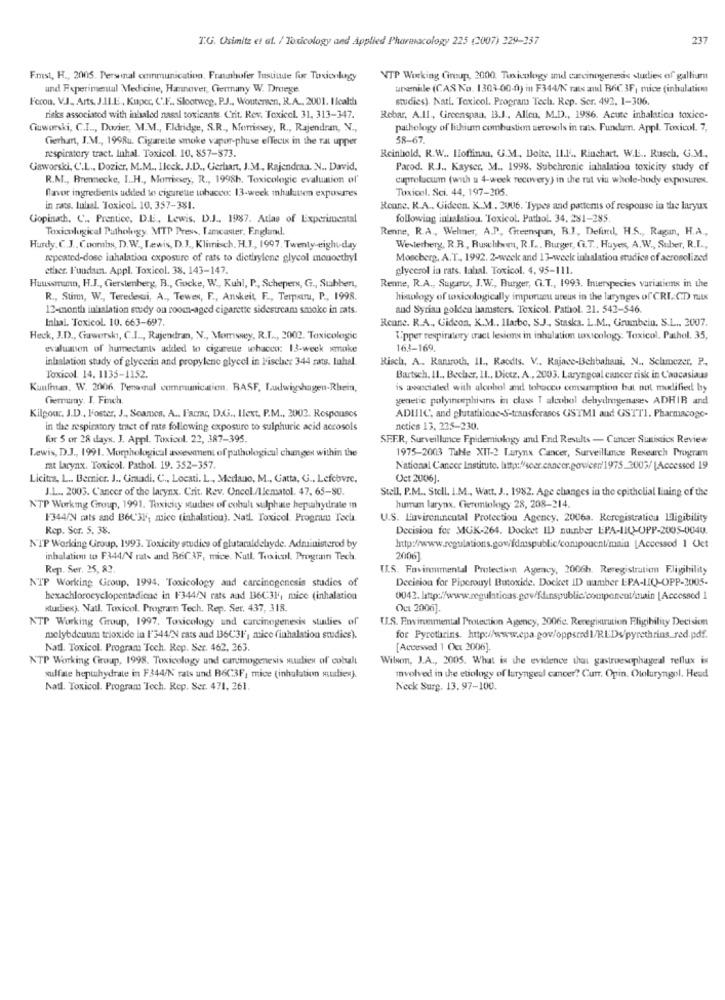
T.G. Osimitz et al. / Toxicology and Applied Pharmacology 225 (2007) 229-357
237
Fmst, H ., 2005. Personal communication. Fraunhofer Institute for Torsionlogy
NTP Working Cinsap, 2000. Toxicology amd carcinogenesis studies of gallium
und Experimental Medicine, Hannover, Germany W. Droege
unenide (CAS No. 1303-00-0) in F344/N rats and B6C. 3F, mice (inhalation
F'ocon, V.J ., Arts, J.IL.E, Kuper, C'.F ., Slootweg, P.J ., Woutersen, R.A ., 2001. I Icalth
studies). Natl. Toxicol. Program Tech. Rep. Ser. 492. 1-306.
risks associated with inhaled nassl toxicants. Crit. Rev. Toxicel. 31, 313-347.
Rebar, A.Il, Greenspan, B3.J ., Allen, M.D ., 1986. Acute inhalatica toxicc-
Cuworski, C.I .., Dovier, M.M ., Eldridge, S.R ., Morrissey, R ., Rajendran, N .,
pathology of lithium combustion seronsels in rats. Fundam, Appl. Toxicol. 7,
Gerhart, J.M ., 1998u. Cigarette smoke vapor-phase effecix in the ral upper
58-67.
respiratory tract. Inhal. Toxicol. 10, 857-873.
Reinhold, R.W .. Hoffinan, G.M ., Boite, 11.1 .. Rinchart. W.E .. Rusch, G.M.
Gaworski, C'.L ., Dozier, M.M ., 1leck. J.D ., Gerhart, J.M ., Rajendran. N ., David,
Parod. R.J ., Kayser, M ., 1998. Subchronic inhalation toxicity study of
R.M ., Brennecke, I.H ., Morrissey, R ., 1998h. Toxicologie evaluation of'
cuprokucum (with u 4-week recovery) in the rat viu whole-body exposures.
flavor ingredients added to cigarette tohacen: 13-week mhalutson exposures
Toxicol. Sci. 44. 197-205.
in rats. tubal. Toxicol. 10. 357-381.
Renne. R.A ., Gideon. K.M. 2006. Types and patterns of respouse in the laryux
Gopinath. C ., Prentice, D.E ., Lewis, D.J ., 1987. Atlas of Experimental
following inhalation. Toxicol. Pathol. 34. 281-285.
Toxicological Pathology. MTP Press, Tamcaster, England.
Renne, R.A ., Wehner, A.P. Greenspan, B.J, Defind, H.S ., Ragan, H.A .,
Hurdy. C.J ., Coombs, D.W ., Lewis, D.J ., Klimisch, H.L ., 1997, Twenty-eight-day
Westerberg, R.R, Buschbwm, R.I ., Burger, C.T ., Huyers, A.W ., Suber, R.I .,
repeated-dose iahalation exposure of rats to dietirylene glycol monoethyl
Moscberg, A.T ., 1992. 2-week and 13-week inhalation studice of aerosolized
ether. Fundam. Appl. Toxicol. 38. 143-147.
glycerol ia rats. lahal. Toxicol. 4. 95-111.
Haussmann, H.J ., Gerstenberg, B ., Gocke, W ., Kuhl, P ., Schepers, G ., Subbent,
Renne, R.A ., Sugarty, J.W ., Burger, C.T ., 1993. Interspecies variations in the
R ., Stin, W ., Teredeai, A ., Tewes, F ., Anskeit, F ., Tempura, P ., 1998.
histology of toxicologically imporumi ureux in the larynges of CRI CD. THIS
12-month inhalation study ou room-aged cigarette sidestream smoke in rats.
aud Syrian golden hamsters. Toxicol. Pathol. 21. 542-546.
Inhal. Toxicol. 10. 663-697.
Renne. R.A ., Gideon, K.M ., Ilarbo, SJ ., Staska. L.M ., Grumbeiu. S.L .. 2007.
Heck, J.D ., Gawerski, C.I .., Rajendran, V ., Momswey, R.I .., 2002. Toxicologie
Upper respiratory tract lesions in inhalation toxicology: Toxicol. Pathol. 35,
evaluate of humectants added to cigarette whaccu: 13-week smoke
163-169.
inhalation stady of glycerin and propylene glycol in Fischer 344 rats. Iuhal.
Risch, A .. Rartroth, Il ., Racdis. V .. Kajace-Behbahani, N .. Sehrczer, P ..
Toxicol. 14. 1135-1152.
Bartsch. 11 ., Becher, 11 ., Dictz. A ., 2003. Laryngoal cancer risk in Caucasians
Kunfman. W. 2006, Peronal communication. BASE, Ludwigshagen-Rhein,
is wweciated with alcohol and tobacco consumption but not modified by
Gemumy. I. Finch.
genetic polyinomphi ans in class I alcohol dehydrogenase ADHIR and
Kilgour, J.D ., Foster, J ., Soames, A ., Farrar, D.G ., Ilext. P.M ., 2002. Responses
ADIIIC, and glutathione-S-transferasos GSTMI and GSTTI. Pharmacoge-
in the respiratory tract of rats following exposure to sulphuric acid accosols
netics 13, 225-230.
for 5 or 28 days. J. Appl. Toxicol. 22, 387-395.
SFER, Surveillance Epidemiology and End Results - Cuncer Suistics Review
Lewis, D.J ., 1991. Morphological assesment of puthologicul changes within the
1975-2003 Table XIT-2 Larynx Cancer, Surveillance Research Program
rat larynx. Toxicol. Pathol. 19. 352-357.
National Cancer Institute. http://soer.cancer.gow/cer/1975_2005/ |Accessed 19
Licitra, L ... Bernier. J ., Graadi. C ., Locati. L ., Medano, M ., Gatta, G .. Lefebvre,
Oct 2006].
J.L ... 2005. Cancer of the larynx. Crit. Rev. Oncol./Ilematol. 47, 65-80.
Stell, P.M ., Stell. I.M ., Watt. J ., 1982. Age changes in the epithelial Lining of the
NTP Workmg Group, 1991. Toxicity studies of cobalt sulphate hepihydrate In
human larynx. Gereiology 28, 208-214.
F344/N cats and B6L'3M, muice (inhalation). Natl Toxicol. Program: Tech.
U.S. Luavironincutal Protection Agency, 2006a. Reregistratiou Eligibility
Rep. Sor. 5. 38.
Decision for MGK-264. Docket ID number EPA-LIQ-OPP-2005-0040.
NTP Working Group, 1993. Toxicity studice of glutaraldebryde. Administerod by
http://www.regulations.gow/fdmspublic/conipoucnt/main [Accessod 1 Uct
inhalation to F344NN rats and B6C3F, mice. Kutl. Toxicol. Progrann Tech.
2006]
Rep. Ser, 25, 82.
U.S. Favinoimental Protection Agency, 2006h. Reregistration Eligibility
NTP Working Group, 1994. Toxicology and carcinogenesis studies of
Decision for Piperoury! Butoxide. Docket ID number EPA-IQ-OPP-2005-
hexachlorocyclopentadiene in F344/N rats and 136C31, mice (inhalation
studien). Natl. Toxicol. Program Tech. Rep. Ser. 437, 318.
Ou 2006].
NTP Working Group, 1997. Toxicology and carcinogenesis studies of
U.S. Environmental Protection Agency, 2006c. Reregistration Eligibility Decision
molybdenum trioxide in 1'344/N cats and 136C'3F', mice (inhalation studies).
for Pyrethrins. http://www.epa.gov/oppsmrd1/REDs/pyrethrins_red.pdf.
Natl. Toxicol. Program Toch. Rep. Ser. 462, 263.
[Accessed 1 Oct 2006].
NTP Working Group, 1998. Toxicology und carcinogenesis suities of' cobalt
Wilson, J.A ., 2005. What is the evidence that gastroesophageal reflux is
sulfate heptuhydrate in F344/N rats und B6C3F, mice (inhalation studies).
involved in the etiology of laryngeal cancer? Curr. Opin. Otolaryngol. Head
Natl. Toxicol. Program Toch. Rep. Ser. 471, 261.
Neck Surg. 13.97-100.